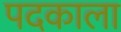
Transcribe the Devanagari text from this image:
पदकाला